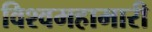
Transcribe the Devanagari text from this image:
विश्वमहामारी